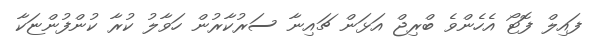
ފައިލް ފޮޓޯ އެހެންވެ ބްރިޖް އަޅަން ޗައިނާ ސަރުކާރުން ހަވާލު ކުރާ ކުންފުންޏަކާ